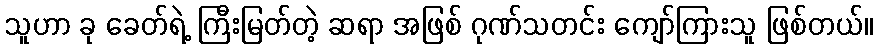
သူဟာ ခု ခေတ်ရဲ့ ကြီးမြတ်တဲ့ ဆရာ အဖြစ် ဂုဏ်သတင်း ကျော်ကြားသူ ဖြစ်တယ်။